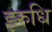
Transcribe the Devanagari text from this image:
इरुधि